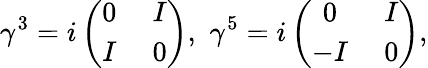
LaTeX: \gamma^{3}=i\left(\begin{array}{cc}{{0\; }}&{{I}}\\ {{I\; }}&{{0}}\end{array}\right),\, \, \gamma^{5}=i\left(\begin{array}{cc}{{0\; }}&{{I}}\\ {{-I\; }}&{{0}}\end{array}\right),